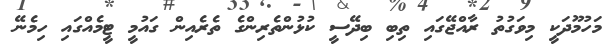
މަހުމޫދަކީ މިވަގުތު ރާއްޖޭގައި ތިބި ބިދޭސީ ކުޅުންތެރިންގެ ތެރެއިން ގައުމީ ޓީމެއްގައި ހިމެނޭ